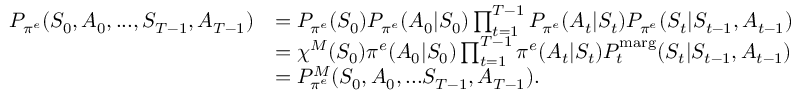
\begin{array} { r l } { P _ { \pi ^ { e } } ( S _ { 0 } , A _ { 0 } , . . . , S _ { T - 1 } , A _ { T - 1 } ) } & { = P _ { \pi ^ { e } } ( S _ { 0 } ) P _ { \pi ^ { e } } ( A _ { 0 } | S _ { 0 } ) \prod _ { t = 1 } ^ { T - 1 } P _ { \pi ^ { e } } ( A _ { t } | S _ { t } ) P _ { \pi ^ { e } } ( S _ { t } | S _ { t - 1 } , A _ { t - 1 } ) } \\ & { = \chi ^ { M } ( S _ { 0 } ) \pi ^ { e } ( A _ { 0 } | S _ { 0 } ) \prod _ { t = 1 } ^ { T - 1 } \pi ^ { e } ( A _ { t } | S _ { t } ) P _ { t } ^ { \mathrm { m a r g } } ( S _ { t } | S _ { t - 1 } , A _ { t - 1 } ) } \\ & { = P _ { \pi ^ { e } } ^ { M } ( S _ { 0 } , A _ { 0 } , . . . S _ { T - 1 } , A _ { T - 1 } ) . } \end{array}